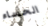
الحساء